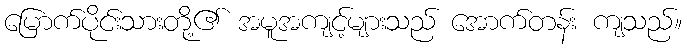
မြောက်ပိုင်းသားတို့၏ အမူအကျင့်များသည် အောက်တန်း ကျသည်။